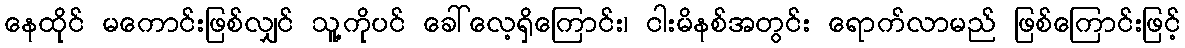
နေထိုင် မကောင်းဖြစ်လျှင် သူ့ကိုပင် ခေါ်လေ့ရှိကြောင်း၊ ငါးမိနစ်အတွင်း ရောက်လာမည် ဖြစ်ကြောင်းဖြင့်